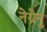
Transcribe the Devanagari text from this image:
नेग्रेनु